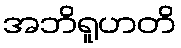
အဘိရူဟတိ